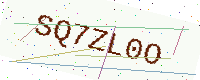
Text: SQ7ZL0O